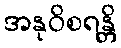
အနုဝိစရန္တိ